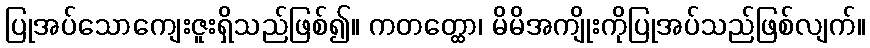
ပြုအပ်သောကျေးဇူးရှိသည်ဖြစ်၍။ ကတတ္ထော၊ မိမိအကျိုးကိုပြုအပ်သည်ဖြစ်လျက်။